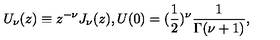
U _ { \nu } ( z ) \equiv z ^ { - \nu } J _ { \nu } ( z ) , U ( 0 ) = ( \frac { 1 } { 2 } ) ^ { \nu } \frac { 1 } { \Gamma ( \nu + 1 ) } ,